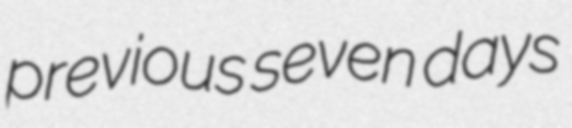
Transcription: previous seven days